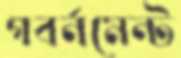
গবর্নমেন্ট